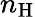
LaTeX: n_{\mathrm{H}}